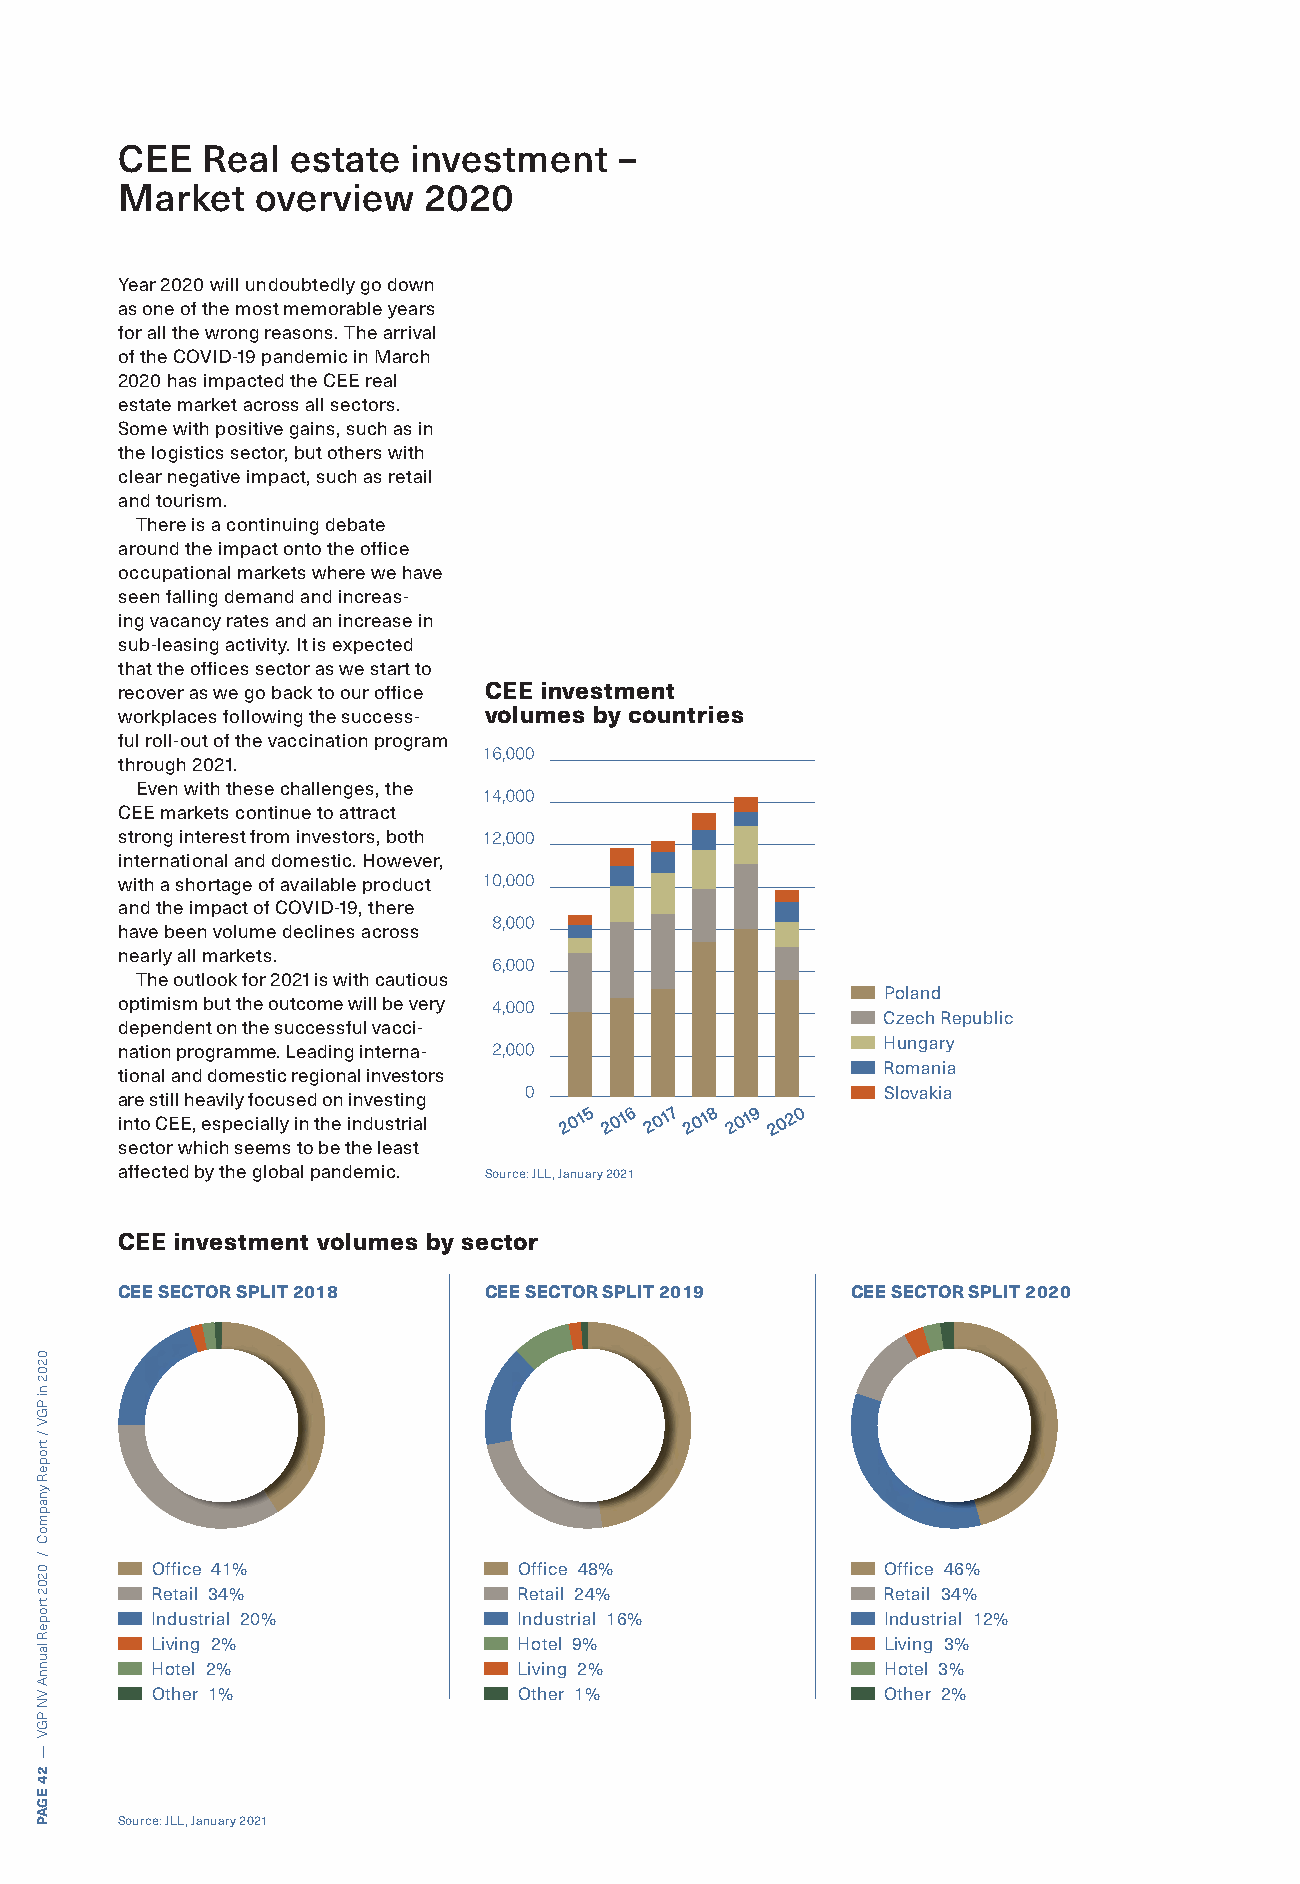
CEE  Real  estate  investment    –
 Market   overview   2020
 Year 2020 will undoubtedly go down
 as one of the most memorable years
 for all the wrong reasons. The arrival
 of the COVID-19 pandemic in March
 2020 has impacted the CEE real
 estate market across all sectors.
 Some with positive gains, such as in
 the logistics sector, but others with
 clear negative impact, such as retail
 and tourism.
 There is a continuing debate
 around the impact onto the office
 occupational markets where we have
 seen falling demand and increas-
 ing vacancy rates and an increase in
 sub-leasing activity. It is expected
 that the offices sector as we start to
 recover as we go back to our office CEE investment
 workplaces following the success- volumes by countries
 ful roll-out of the vaccination program
 through 2021.
 Even with these challenges, the
 CEE markets continue to attract
 strong interest from investors, both
 international and domestic. However,
 with a shortage of available product
 and the impact of COVID-19, there
 have been volume declines across
 nearly all markets.
 The outlook for 2021 is with cautious
 Poland
 optimism but the outcome will be very
 Czech Republic
 dependent on the successful vacci-
 Hungary
 nation programme. Leading interna-
 Romania
 tional and domestic regional investors
 are still heavily focused on investing             Slovakia
 into CEE, especially in the industrial
 sector which seems to be the least
 affected by the global pandemic. Source: JLL, January 2021
 CEE investment volumes by sector
 CEE SECTOR SPLIT 2018   CEE SECTOR SPLIT 2019   CEE SECTOR SPLIT 2020
 Office 41%              Office 48%               Office 46%
 Retail 34%              Retail 24%               Retail 34%
 Industrial 20%          Industrial 16%           Industrial 12%
 Living 2%               Hotel 9%                 Living 3%
 Hotel 2%                Living 2%                Hotel 3%
 Other 1%                Other 1%                 Other 2%
 Source: JLL, January 2021
 0202
 ni
 PGV
 /
 tropeR
 ynapmoC
 /
 0202
 tropeR
 launnA
 VN
 PGV
 —
 24
 EGAP